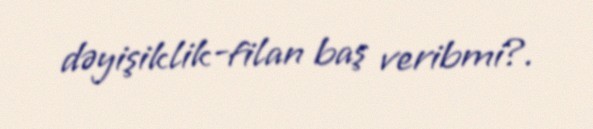
dəyişiklik-filan baş veribmi?.